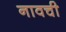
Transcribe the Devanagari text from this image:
नावची